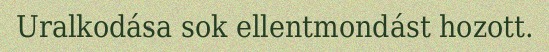
Uralkodása sok ellentmondást hozott.